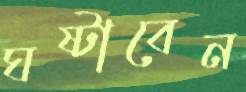
ঘষ্‌টাবেন